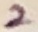
Text: 2